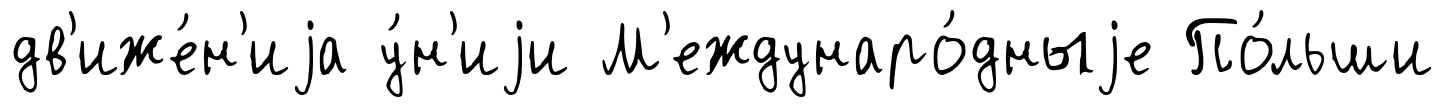
дв'иже́н'иjа у́н'иjи М'еждунаро́дныjе По́льши